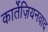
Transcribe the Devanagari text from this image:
कार्तेज़ियनवाद